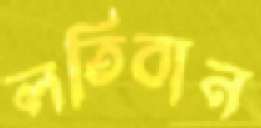
লতিবান